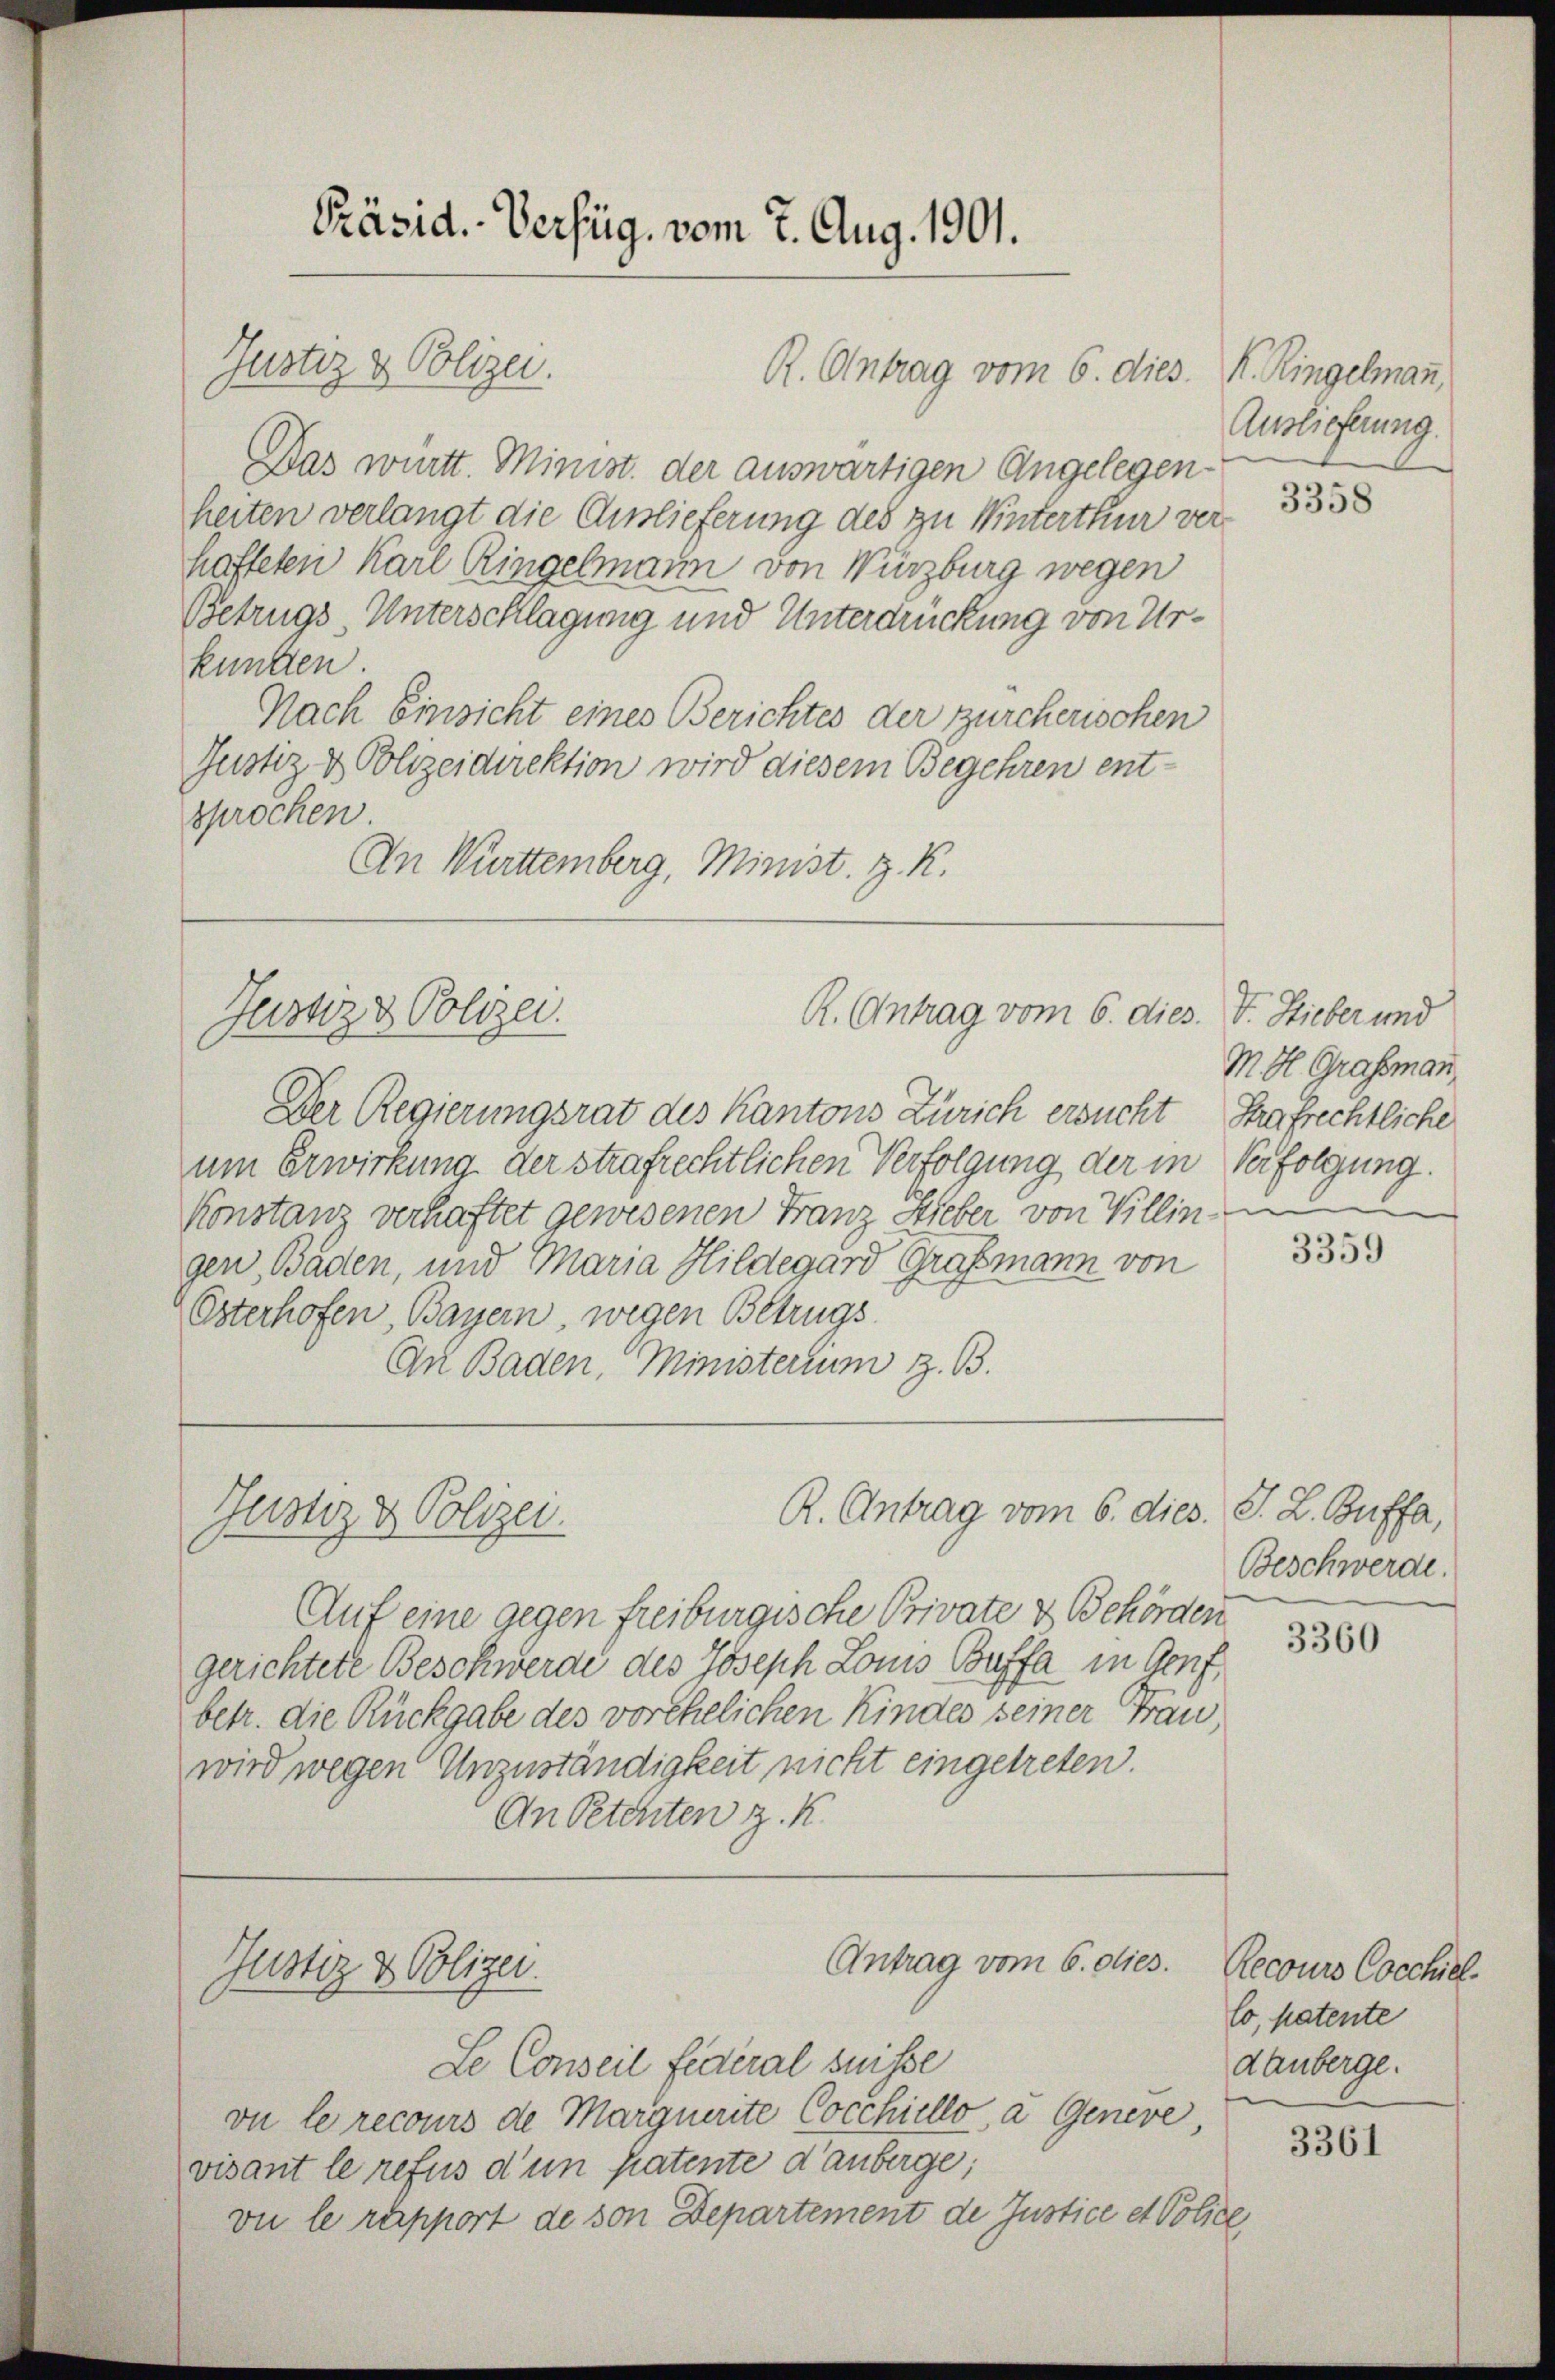
Das württ. Minist. der auswärtigen Angelegenheiten verlangt die Auslieferung des zu Winterthur verhafteten Karl Ringelmann von Würzburg wegen
Betrugs, Unterschlagung und Unterdrückung von Urkuntten
Nach Einsicht eines Berichtes der zürcherischen
Justiz & Polizeidirektion wird diesem Begehren entsprochen
An Württemberg, Minist. z. R.

Präsid. Verfüg, vom 7. Aug. 1901.

Justiz & Polizei.

Der Regierungsrat des Kantons Zürich ersucht
um Erwirkung der strafrechtlichen Verfolgung der in
Konstanz verhaftet gewesenen Franz Hieber von Villin
gen, Baden, und Maria Hildegard Grasmann von
Esterhofen, Bayern, wegen Betrugs
An Baden, Ministerium z. B.

Jurnz & Polizei.

Justiz & Polizei.

Justiz & Polizei.

R. Antrag vom 6. dies. K. Ringelmann,

R. Antrag vom 6. dies. V. Hieber und

R. Antrag vom 6. dies.

Auf eine gegen freiburgische Private & Behörden
gerichtete Beschwerde des Joseph Louis Buffa in Genf,
betr. die Rückgabe des vorehelichen Kindes seiner Frau,
wird wegen Unzuständigkeit nicht eingetreten.
An Petenten z. K.

Antrag vom 6. dies. Recours Cocchiel

Le Conseil Federal suisse
vu le recours de Margnerite Cocchillo, a Genere,
visant le refus d’un patente d’auberge;
vie le rapport de von Departement de Justice et Police,

Auslieferung.

3358

M. H. Grafsmann,
Strafrechtliche
Verfolgung.

3359

J. L. Buffa,
Beschwerde.

3360

lo, patente
dauberge.

3361